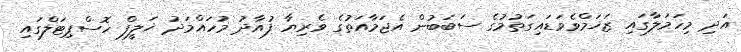
އަދި މިހަމަލާގައި ޒަޚަމްވެވަޑައިގަތުމުގެ ސަބަބުން އެޖަމާއަތުގެ ވެރިޔާ ފުއާދު މުހައްމަދު ޚަލީފް ހޮސްޕިޓަލްގައި